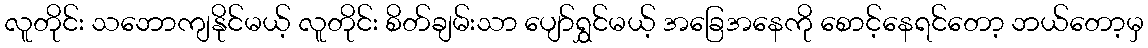
လူတိုင်း သဘောကျနိုင်မယ့် လူတိုင်း စိတ်ချမ်းသာ ပျော်ရွှင်မယ့် အခြေအနေကို စောင့်နေရင်တော့ ဘယ်တော့မှ